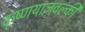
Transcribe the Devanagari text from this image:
कृष्णयाज्ञवल्की